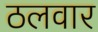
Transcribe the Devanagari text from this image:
ठलवार